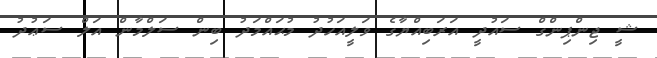
ޝީ ޖިންޕިންގް ސައުދީ އަރަބިއްޔާގެ ވަލީއަހުދު މުޙައްމަދު ބިން ސަލްމާން އަލް ސަޢުދު